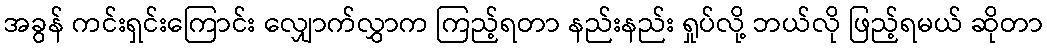
အခွန် ကင်းရှင်းကြောင်း လျှောက်လွှာက ကြည့်ရတာ နည်းနည်း ရှုပ်လို့ ဘယ်လို ဖြည့်ရမယ် ဆိုတာ